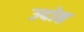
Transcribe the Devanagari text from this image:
उदोष्ठ